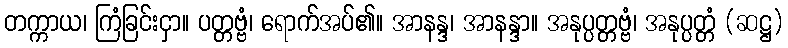
တက္ကာယ၊ ကြံခြင်းငှာ။ ပတ္တဗ္ဗံ၊ ရောက်အပ်၏။ အာနန္ဒ၊ အာနန္ဒာ။ အနုပ္ပတ္တဗ္ဗံ၊ အနုပ္ပတ္တံ (ဆဋ္ဌ)